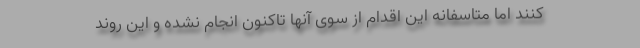
کنند اما متاسفانه این اقدام از سوی آنها تاکنون انجام نشده و این روند